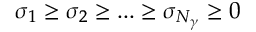
\sigma _ { 1 } \geq \sigma _ { 2 } \geq . . . \geq \sigma _ { { N _ { \gamma } } } \geq 0